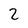
Character: 2